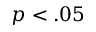
p < . 0 5